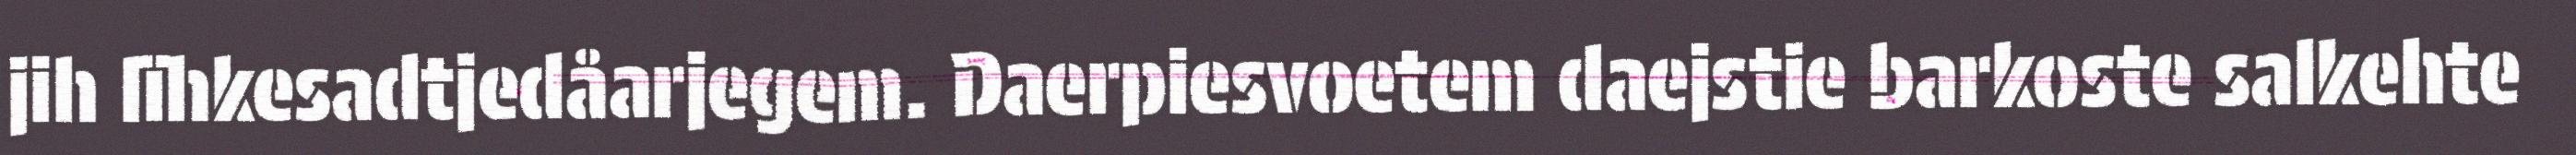
jih lïhkesadtjedåarjegem. Daerpiesvoetem daejstie barkoste salkehte